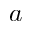
a